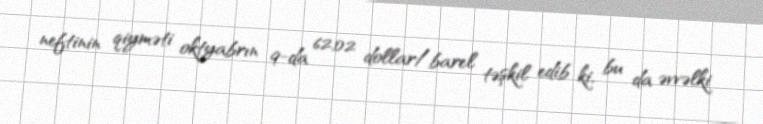
neftinin qiyməti oktyabrın 9-da 62,02 dollar/barel təşkil edib ki, bu da əvvəlki